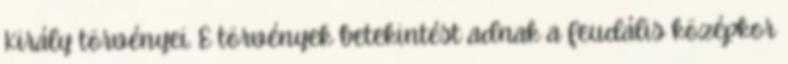
Király törvényei. E törvények betekintést adnak a feudális középkor